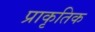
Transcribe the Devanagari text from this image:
प्राकृतिक